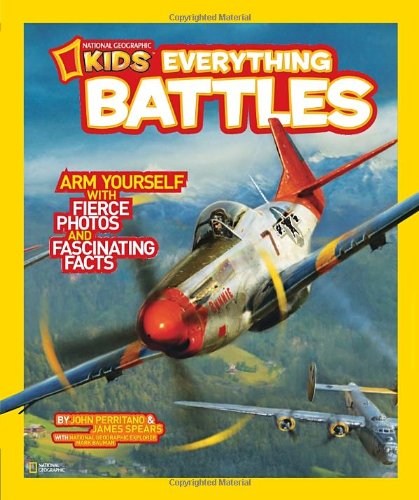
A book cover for National Geographic Kids Everything Battles: Arm Yourself with Fierce Photos and Fascinating Facts; John Perritano; Children's Books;